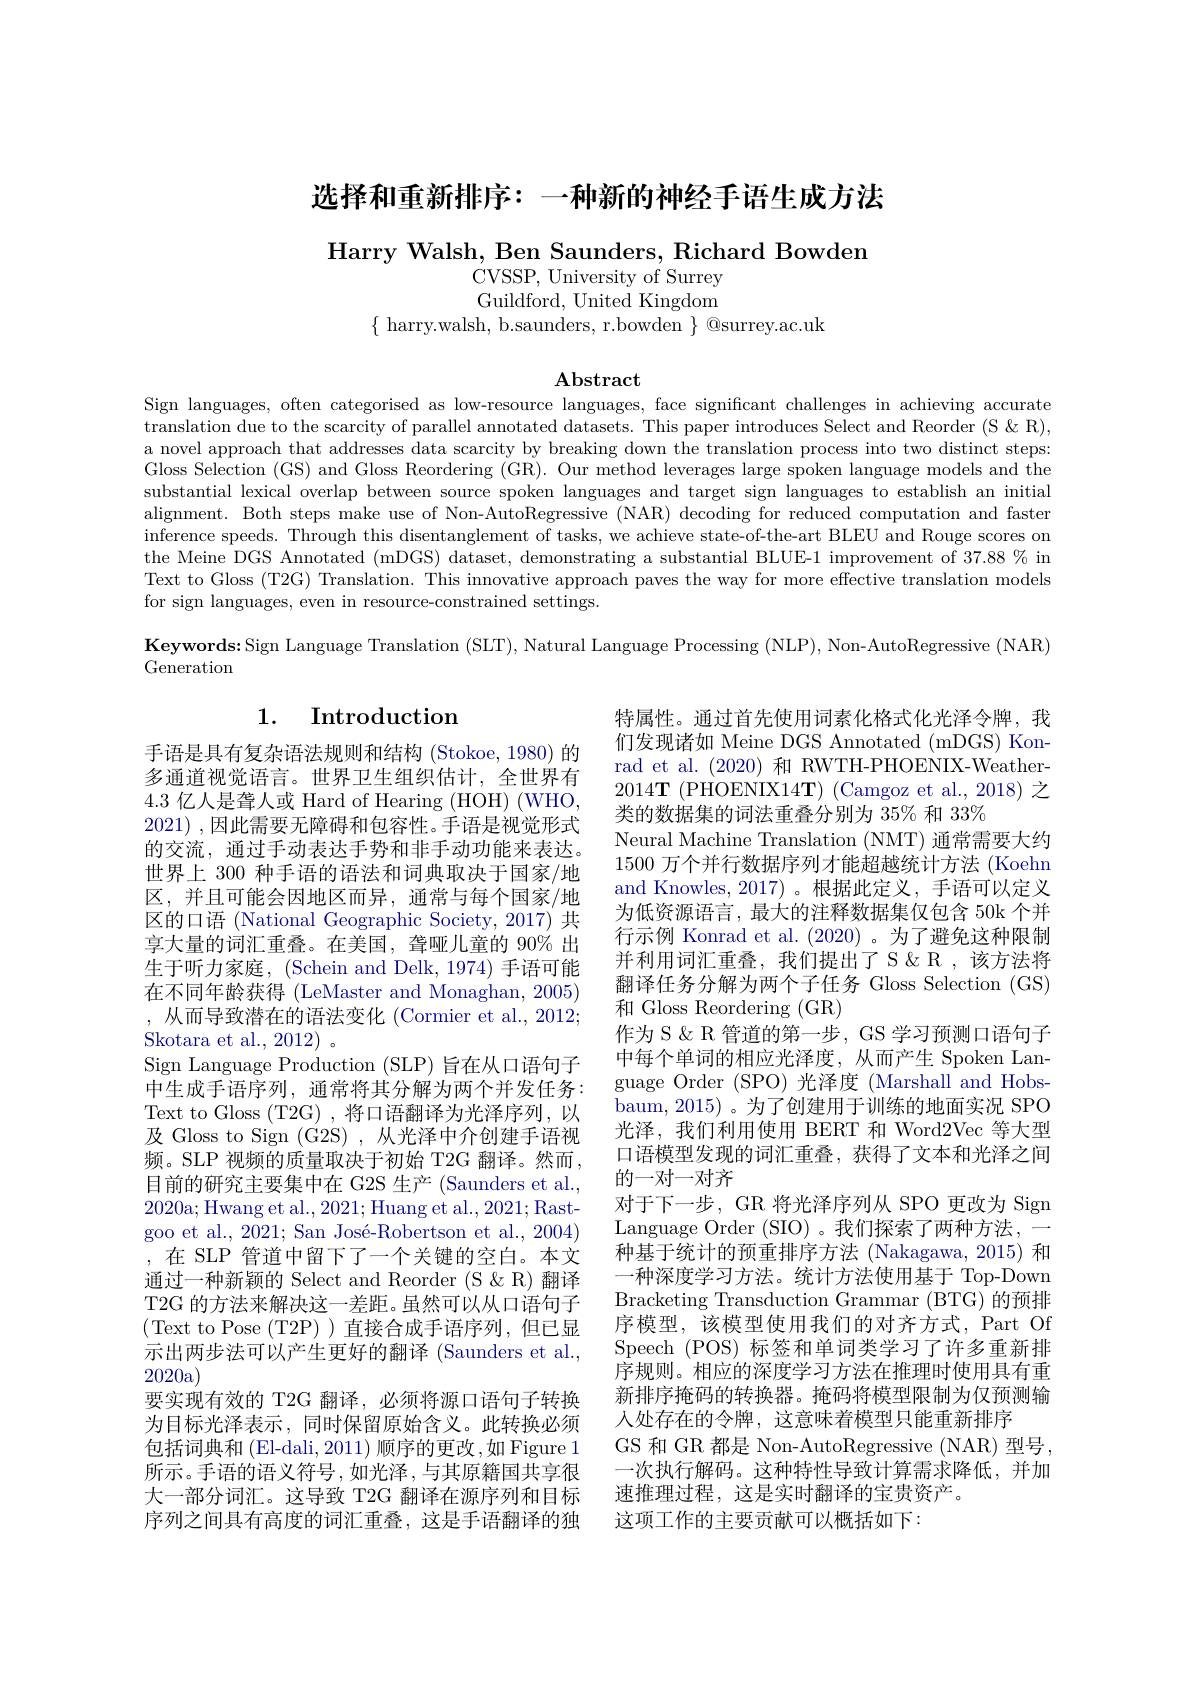
选择和重新排序：一种新的神经手语生成方法

Harry Walsh, Ben Saunders, Richard Bowden

CVSSP, University of Surrey Guildford, United Kingdom
$\{$ harry.walsh, b.saunders, r.bowden $\}$ @surrey.ac.uk

$\mathbf{Abstract}$

Sign languages, often categorised as low-resource languages, face significant challenges in achieving accurate translation due to the scarcity of parallel annotated datasets. This paper introduces Select and Reorder (S &R), a novel approach that addresses data scarcity by breaking down the translation process into two distinct steps: Gloss Selection (GS) and Gloss Reordering (GR). Our method leverages large spoken language models and the substantial lexical overlap between source spoken languages and target sign languages to establish an initial alignment. Both steps make use of Non-AutoRegressive (NAR) decoding for reduced computation and faster inference speeds. Through this disentanglement of tasks, we achieve state-of-the-art BLEU and Rouge scores on the Meine DGS Annotated (mDGS) dataset, demonstrating a substantial BLUE-1 improvement of $37.88\%$ in Text to Gloss (T2G) Translation. This innovative approach paves the way for more effective translation models for sign languages, even in resource-constrained settings.

$\textbf{Keywords: Sign Language Translation ( SLT) , Natural Language Processing ( NLP) , Non- AutoRegressive ( NAR) }$

Generation

## 1. Introduction

特属性。通过首先使用词素化格式化光泽令牌，我们发现诸如 Meine DGS Annotated (mDGS) Konrad et al. (2020)和 RWTH-PHOENIX-Weather- $2014\mathbf{T} \allowbreak ( {\mathrm{mod}} $T)(PHOENIX14T)$\allowbreak ( {\mathrm{mod}} $T)(Camgoz et al., 2018) 之类的数据集的词法重叠分别为 35% 和 33%
Neural Machine Translation (NMT) 通常需要大约1500 万个并行数据序列才能超越统计方法 (Koehn and Knowles, 2017)。根据此定义，手语可以定义为低资源语言，最大的注释数据集仅包含 50k 个并行示例 Konrad et al. (2020) 。为了避免这种限制并利用词汇重叠，我们提出了 S & R ,该方法将翻译任务分解为两个子任务 Gloss Selection (GS) 和 Gloss Reordering (GR)
作为 S & R 管道的第一步，GS 学习预测口语句子中每个单词的相应光泽度，从而产生 Spoken Language Order (SPO)光泽度 (Marshall and Hobsbaum, 2015) 。为了创建用于训练的地面实况 SPO 光泽，我们利用使用 BERT 和 Word2Vec 等大型口语模型发现的词汇重叠，获得了文本和光泽之间的一对一对齐
对于下一步，GR 将光泽序列从 SPO 更改为 Sign Language Order (SIO)。我们探索了两种方法，一种基于统计的预重排序方法 (Nakagawa, 2015) 和一种深度学习方法。统计方法使用基于 Top-Down Bracketing Transduction Grammar (BTG) 的预排序模型，该模型使用我们的对齐方式，Part Of Speech (POS) 标签和单词类学习了许多重新排序规则。相应的深度学习方法在推理时使用具有重新排序掩码的转换器。掩码将模型限制为仅预测输人处存在的令牌，这意味着模型只能重新排序
GS 和 GR 都是 Non-AutoRegressive (NAR) 型号， 一次执行解码。这种特性导致计算需求降低，并加速推理过程，这是实时翻译的宝贵资产。
这项工作的主要贡献可以概括如下：

手语是具有复杂语法规则和结构(Stokoe,1980)的多通道视觉语言。世界卫生组织估计，全世界有4.3亿人是聋人或 Hard of Hearing (HOH) (WHO, 2021) ,因此需要无障碍和包容性。手语是视觉形式的交流，通过手动表达手势和非手动功能来表达。世界上 300 种手语的语法和词典取决于国家/地区，并且可能会因地区而异，通常与每个国家/地区的口语 (National Geographic Society, 2017) 共享大量的词汇重叠。在美国，聋哑儿童的 90% 出生于听力家庭，(Schein and Delk, 1974) 手语可能在不同年龄获得 (LeMaster and Monaghan, 2005) ,从而导致潜在的语法变化 (Cormier et al., 2012; Skotara et al., 2012) 。
Sign Language Production (SLP) 旨在从口语句子中生成手语序列，通常将其分解为两个并发任务： Text to Gloss (T2G) ,将口语翻译为光泽序列，以及 Gloss to Sign (G2S) , 从光泽中介创建手语视频。SLP 视频的质量取决于初始 T2G 翻译。然而， 目前的研究主要集中在 G2S 生产 (Saunders et al., 2020a; Hwang et al., 2021; Huang et al., 2021; Rastgoo et al., 2021; San José-Robertson et al., 2004) ,在 SLP 管道中留下了一个关键的空白。本文通过一种新颖的 Select and Reorder (S &R) 翻译T2G 的方法来解决这一差距。虽然可以从口语句子(Text to Pose (T2P))直接合成手语序列，但已显示示出两步法可以产生更好的翻译 (Saunders et al., 2020a)
要实现有效的 T2G 翻译，必须将源口语句子转换为目标光泽表示，同时保留原始含义。此转换必须包括词典和 (El-dali, 2011) 顺序的更改，如 Figure 1所示。手语的语义符号，如光泽，与其原籍国共享很大一部分词汇。这导致 T2G 翻译在源序列和目标序列之间具有高度的词汇重叠，这是手语翻译的独